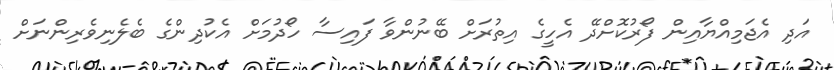
އަދި އެޖަމިއްޔާއިން ފޯރުކޮށްދޭ އެހީގެ އިތުރަށް ބޭނުންވާ ފައިސާ ހޯދުމަށް އެކުދިންގެ ބެލެނިވެރިންނަށް